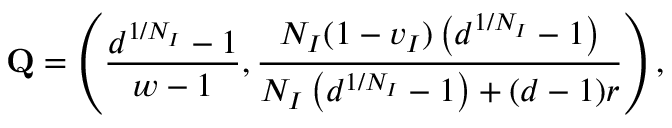
\mathbf { Q } = \left( \frac { d ^ { 1 / N _ { I } } - 1 } { w - 1 } , \frac { N _ { I } ( 1 - v _ { I } ) \left( d ^ { 1 / N _ { I } } - 1 \right) } { N _ { I } \left( d ^ { 1 / N _ { I } } - 1 \right) + ( d - 1 ) r } \right) ,